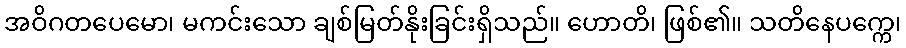
အဝိဂတပေမော၊ မကင်းသော ချစ်မြတ်နိုးခြင်းရှိသည်။ ဟောတိ၊ ဖြစ်၏။ သတိနေပက္ကေ၊